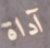
آداة